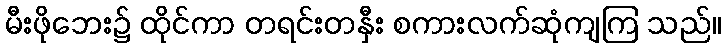
မီးဖိုဘေး၌ ထိုင်ကာ တရင်းတနှီး စကားလက်ဆုံကျကြ သည်။